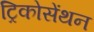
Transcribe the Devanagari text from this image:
ट्रिकोसेंथन